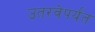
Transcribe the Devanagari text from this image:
उतरवेपर्यंत